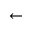
\leftarrow